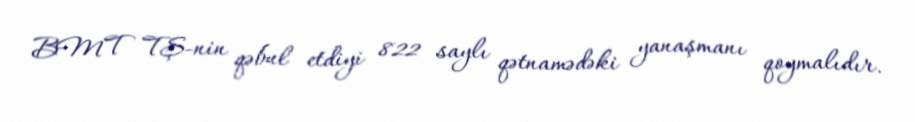
BMT TŞ-nin qəbul etdiyi 822 saylı qətnamədəki yanaşmanı qoymalıdır.